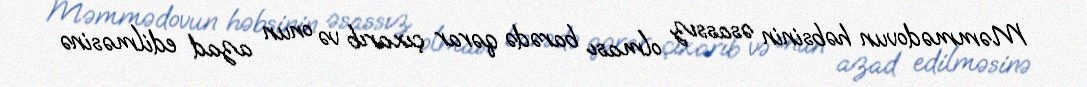
Məmmədovun həbsinin əsassız olması barədə qərar çıxarıb və onun azad edilməsinə